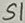
Text: S1